Vaccine operations Central Provinces 1900-1911 - 1900-1911
Year: 1900
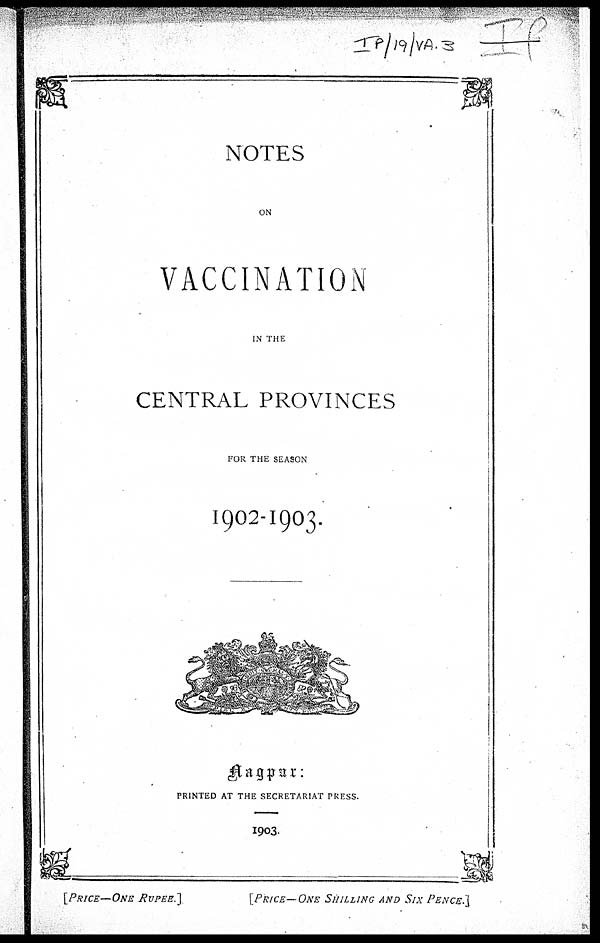
NOTES
ON
VACCINATION
IN THE
CENTRAL PROVINCES
FOR THE SEASON
1902-1903.
Nagpur:
PRINTED AT THE SECRETARIAT PRESS.
1903.
[PRICE—ONE RUPEE.]
[PRICE—ONE SHILLING AND SIX PENCE.]